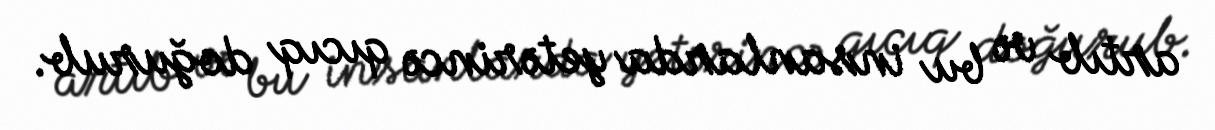
artıb və bu insanlarda yetərincə qıcıq doğurub.